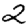
Digit: 2